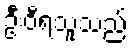
ဦးဝီရသူသည်